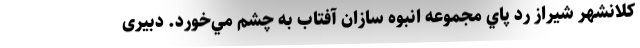
کلانشهر شيراز رد پاي مجموعه انبوه سازان آفتاب به چشم مي‌خورد. دبیری